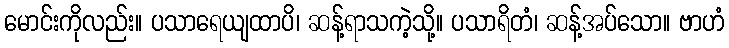
မောင်းကိုလည်း။ ပသာရေယျထာပိ၊ ဆန့်ရာသကဲ့သို့။ ပသာရိတံ၊ ဆန့်အပ်သော။ ဗာဟံ